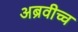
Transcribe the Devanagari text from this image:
अब्रवीच्च